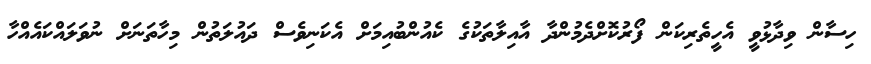
ހިސާން ވިދާޅުވީ އެހީތެރިކަން ފޯރުކޮށްދެމުންދާ އާއިލާތަކުގެ ކެއުންބުއިމަށް އެކަނިވެސް ދައުލަތުން މިހާތަނަށް ނުވަލައްކައެއްހާ